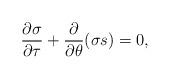
LaTeX: \begin{align*} \frac{\partial \sigma }{\partial\tau }+\frac{\partial }{\partial \theta }(\sigma s)=0,\end{align*}